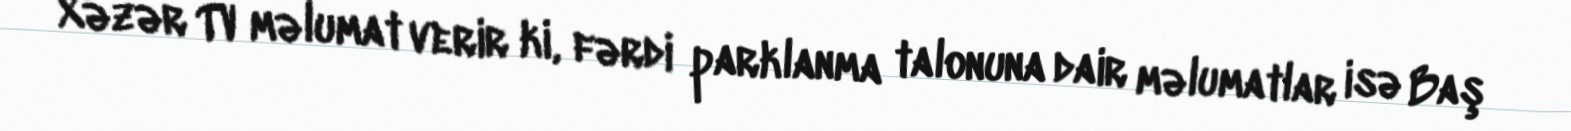
Xəzər TV məlumat verir ki, fərdi parklanma talonuna dair məlumatlar isə Baş